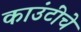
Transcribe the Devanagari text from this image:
काउंटींचे